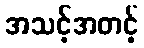
အသင့်အတင့်